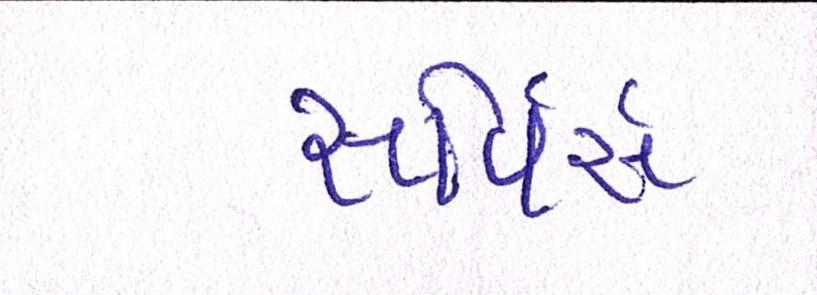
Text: સર્વિસે